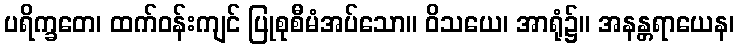
ပရိက္ခတေ၊ ထက်ဝန်းကျင် ပြုစုစီမံအပ်သော။ ဝိသယေ၊ အာရုံ၌။ အနန္တရာယေန၊